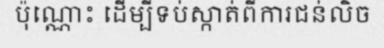
ប៉ុណ្ណោះ ដើម្បីទប់ស្កាត់ពីការជន់លិច